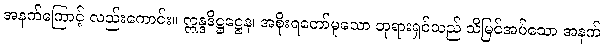
အနက်ကြောင့် လည်းကောင်း။ ဣန္ဒဒိဋ္ဌဋ္ဌေန၊ အစိုးရတော်မူသော ဘုရားရှင်သည် သိမြင်အပ်သော အနက်